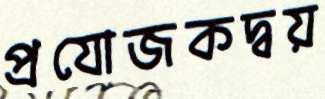
প্রযোজকদ্বয়